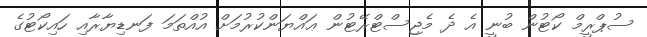
ސުޕްރީމް ކޯޓުން ބުނީ އެ ދެ މެޖިސްޓްރޭޓުން ޢައްޔަންކުރުމަށް އުއްތަމަ ފަނޑިޔާރާއި ހައިކޯޓުގެ